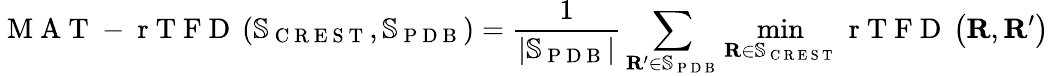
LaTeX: \mathrm{~M~A~T~-~r~T~F~D~}\left(\mathbb{S}_{\mathrm{~C~R~E~S~T~}},\mathbb{S}_{\mathrm{~P~D~B~}}\right)=\frac{1}{\lvert\mathbb{S}_{\mathrm{~P~D~B~}}\rvert}\sum_{\mathbf{R}^{\prime}\in\mathbb{S}_{\mathrm{~P~D~B~}}}\operatorname*{min}_{\mathbf{R}\in\mathbb{S}_{\mathrm{~C~R~E~S~T~}}}\mathrm{~r~T~F~D~}\left(\mathbf{R},\mathbf{R}^{\prime}\right)